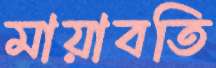
মায়াবতি